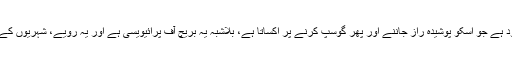
مگر پھر بھی بنی نوع انسان کی فطرت میں تجسس کا عنصر موجود ہے جو اسکو پوشیدہ راز جاننے اور پھر گوسپ کرنے پر اکساتا ہے، بلاشبہ یہ بریچ آف پرائیویسی ہے اور یہ رویے، شہریوں کے حق میں جب ریاست اپنا لے تو نتائج اور بھی سنگین ہو جاتے ہیں۔